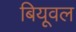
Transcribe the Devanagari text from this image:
बियूवल